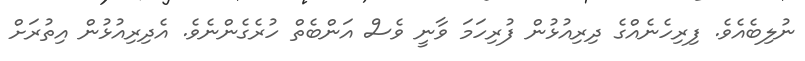
ނުލިބެއެވެ. ފިރިހެނެއްގެ ދިރިއުޅުން ފުރިހަމަ ވާނީ ވެސް އަންބެތް ހުރެގެންނެވެ. އެދިރިއުޅުން އިތުރަށް